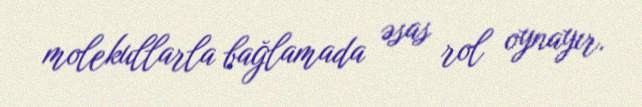
molekullarla bağlamada əsas rol oynayır.